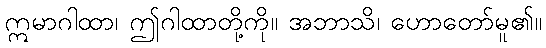
ဣမာဂါထာ၊ ဤဂါထာတို့ကို။ အဘာသိ၊ ဟောတော်မူ၏။